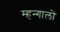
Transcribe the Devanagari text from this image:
म्हन्गालो